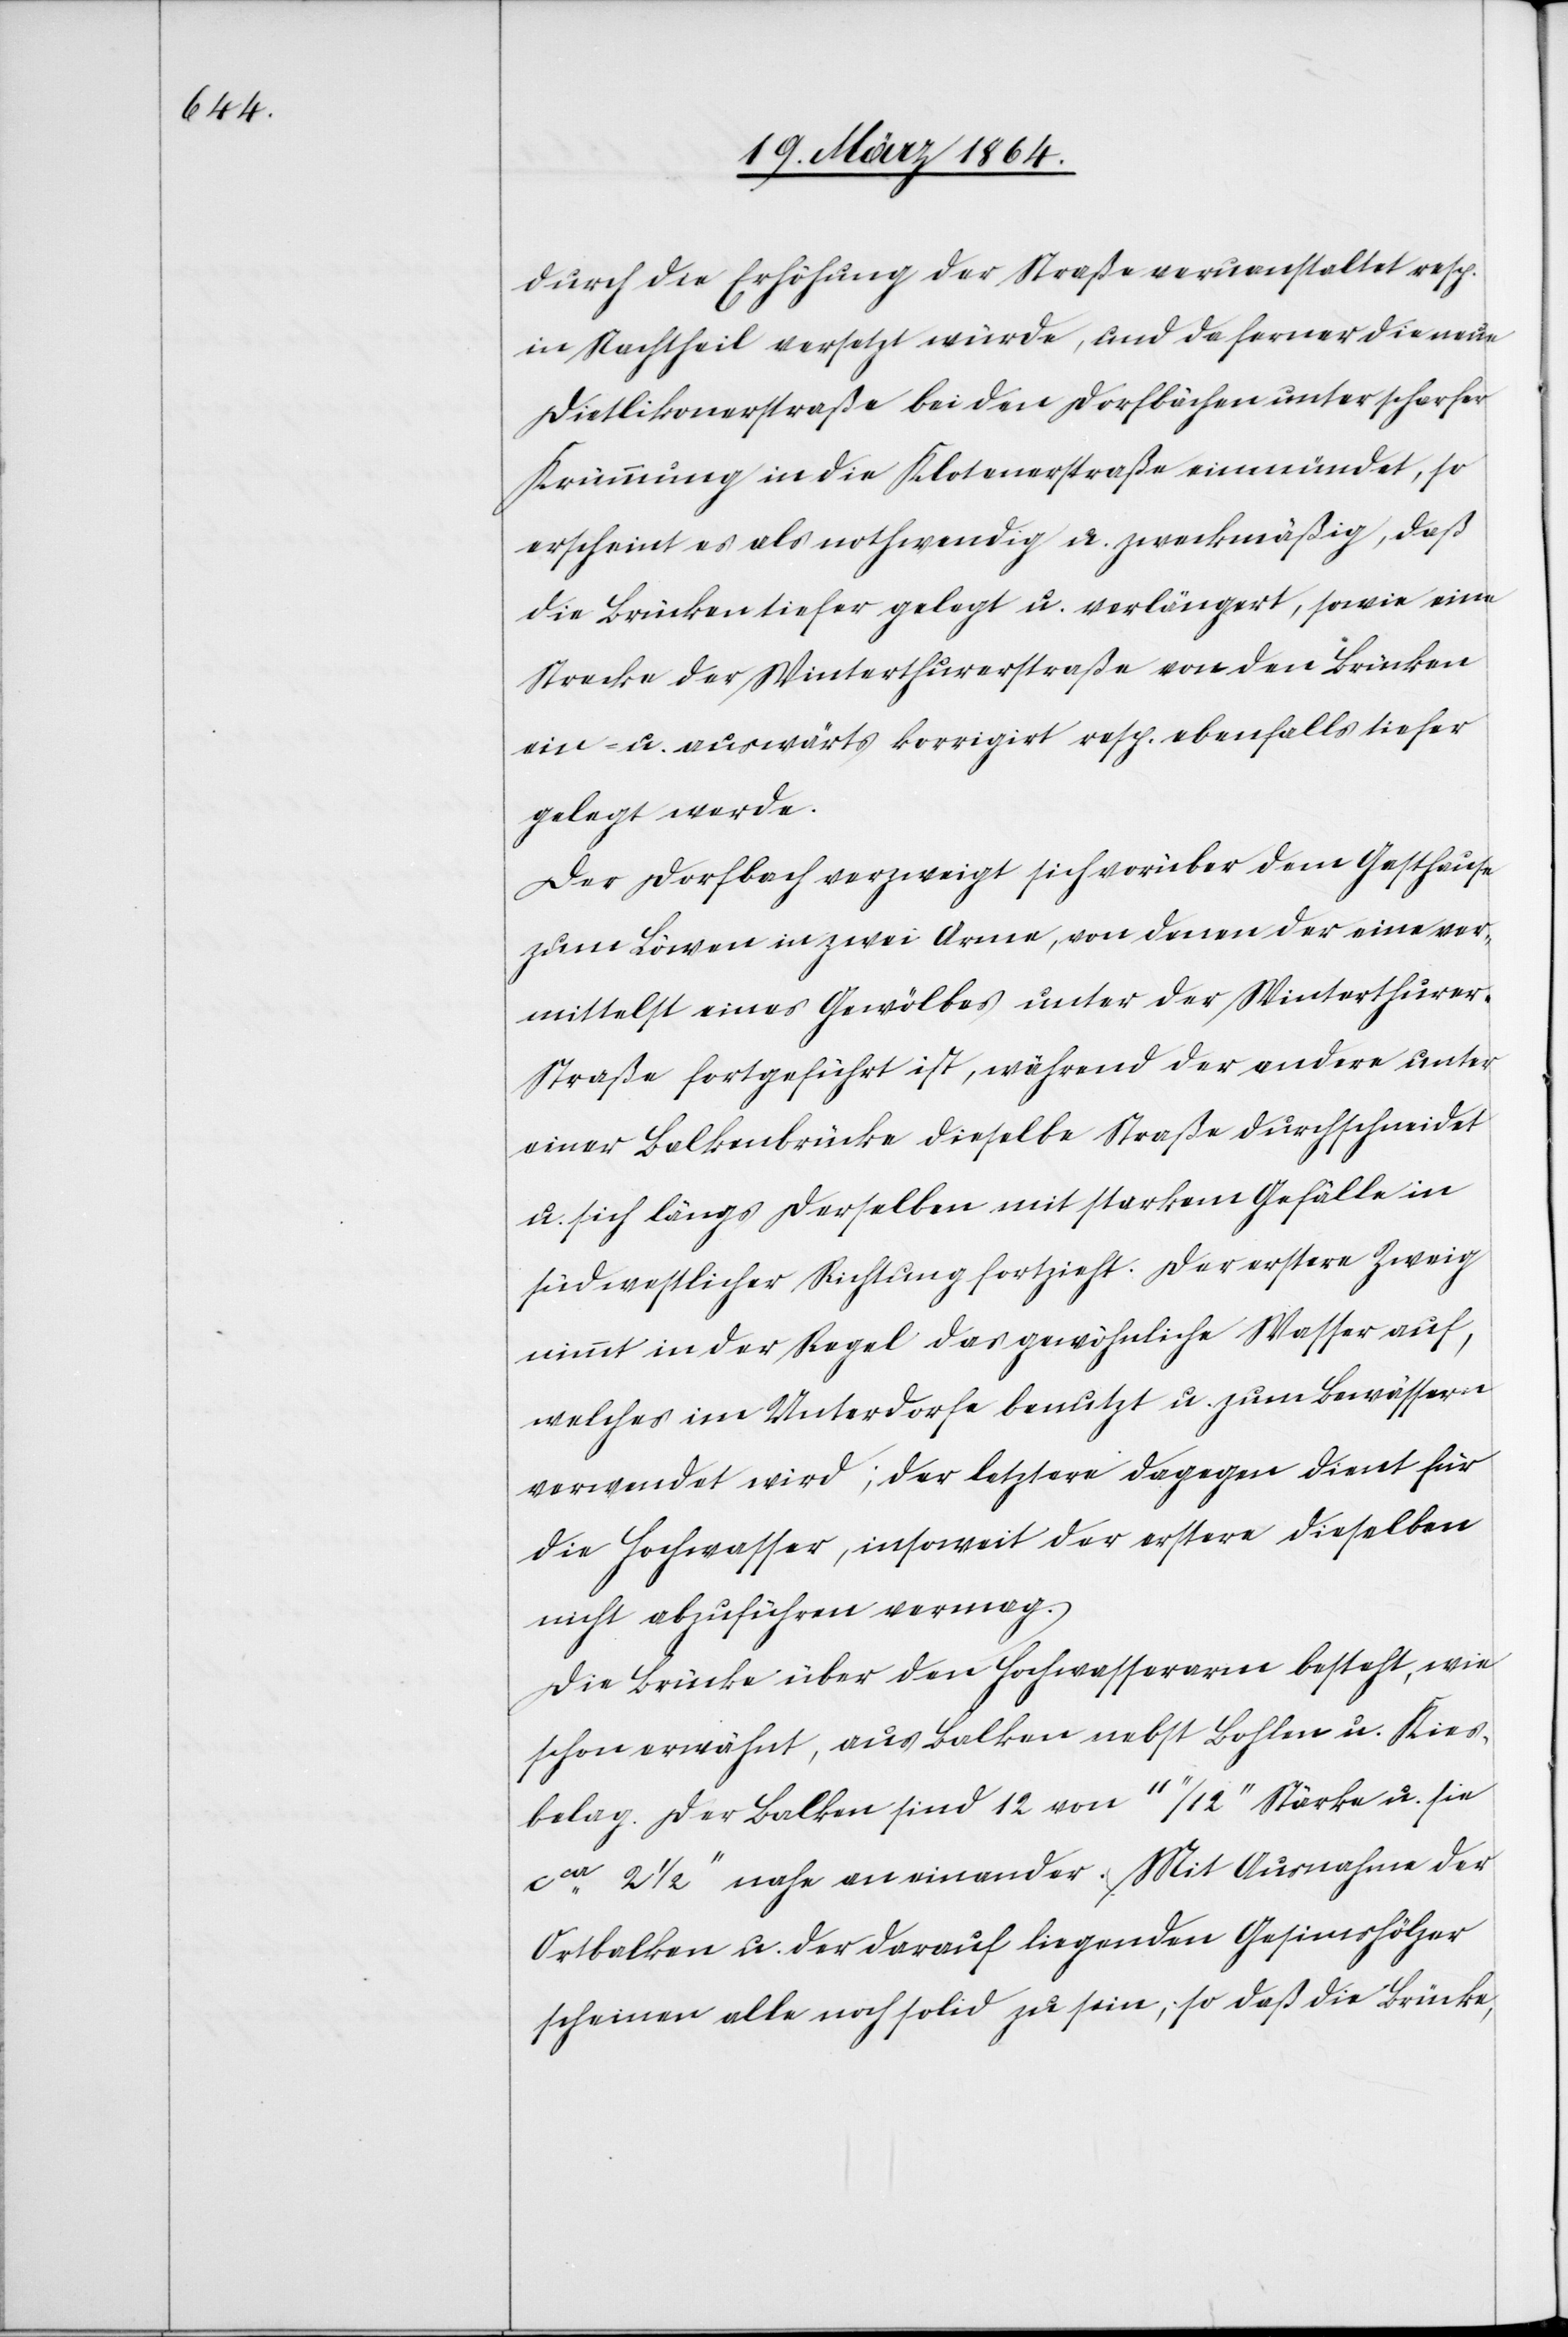
durch die Erhöhung der Straße veruanstaltet [sic!]
in Nachtheil versetzt würde, und da ferner die neue
Dietlikonerstraße bei den Dorfbächen unter scharfer
Krümmung in die Klotenerstraße einmündet, so
erscheint es als nothwendig u. zweckmäßig, daß
die Brücken tiefer gelegt u. verlängert, sowie eine
Strecke der Winterthurerstraße von den Brücken
ein- u. auswärts korrigirt resp. ebenfalls tiefer
gelegt werde.
Der Dorfbach verzweigt sich vorüber dem Gasthause
zum Löwen in zwei Arme, von denen der eine ver¬
mittelst eines Gewölbes unter der Winterthurer-S¬
traße fortgeführt ist, während der andere unter
einer Balkenbrücke dieselbe Straße durchschneidet
u. sich längs derselben mit starkem Gefälle in
südwestlicher Richtung fortzieht. Der erstere Zweig
nimmt in der Regel das gewöhnliche Wasser auf,
welches im Unterdorfe benutzt u. zum Bewässern
verwendet wird; der letztere dagegen dient für
die Hochwasser, insoweit der erstere dieselben
nicht abzuführen vermag.
Die Brücke über den Hochwasserarm besteht, wie
schon erwähnt, aus Balken nebst Bohlen u. Kies¬
belag. Der Balken sind 12 von 11’’/12’’ Stärke u. sie
cca 2 1/2’’ nahe an einander [sic!]. Mit Ausnahme der
Ortbalken u. der darauf liegenden Gesimshölzer
scheinen alle noch solid zu sein, so daß die Brücke,